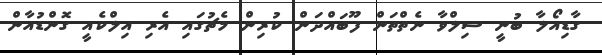
ގާޑިއޯލާ ބުނީ ސިލްވާ ނެތްތަން ފޫބައްދަން ކުރިން މެޗުގައި އެރި އިލްކެއީ ގޮންޑުއާން